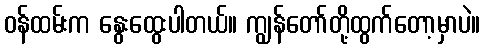
ဝန်ထမ်းက နွေးထွေးပါတယ်။ ကျွန်တော်တို့ထွက်တော့မှာပဲ။